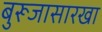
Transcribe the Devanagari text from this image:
बुरूजासारखा